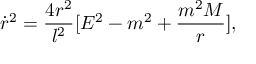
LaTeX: \dot { r } ^ { 2 } = \frac { 4 r ^ { 2 } } { l ^ { 2 } } [ E ^ { 2 } - m ^ { 2 } + \frac { m ^ { 2 } { \cal M } } { r } ] ,